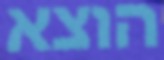
הוצא